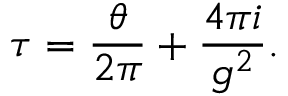
\tau = \frac { \theta } { 2 \pi } + \frac { 4 \pi i } { g ^ { 2 } } .